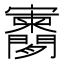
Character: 𫴨